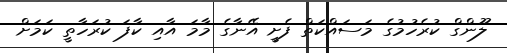
ލޫންގް ކުރެހުމުގެ މަސައްކަތް ފެށީ އޭނާގެ މާމަ އާއި ކާފަ ކުރަހާތީ ކަމަށް